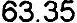
63.35